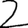
Digit: 2